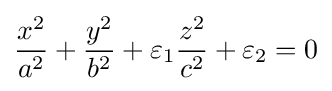
{x^{2} \over a^{2}}+{y^{2} \over b^{2}}+\varepsilon _{1}{z^{2} \over c^{2}}+\varepsilon _{2}=0